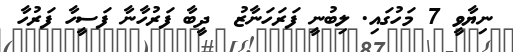
ނިޔާވީ 7 މަހުގައި. ލިބުނީ ފަރަހަނާޒު  ދީބާ ފަރުހާނާ ފަސީހާ ފަރުހާ